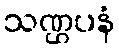
သဏ္ဌပနံ